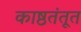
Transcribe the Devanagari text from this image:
काष्ठतंतूत